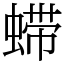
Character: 䗖